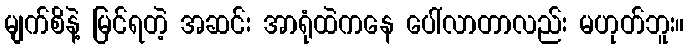
မျက်စိနဲ့ မြင်ရတဲ့ အဆင်း အာရုံထဲကနေ ပေါ်လာတာလည်း မဟုတ်ဘူး။